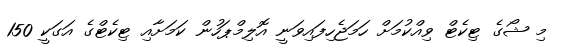
މި ޝޯގެ ޓިކެޓްް ވިއްކުމަށް ހަމަޖެހިފައިވަނީ އޮލިމްޕަހުން ކަމަށާއި ޓިކެޓްގެ އަގަކީ 150